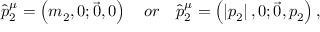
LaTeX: \hat { p } _ { 2 } ^ { \mu } = \left( m _ { 2 } , 0 ; \vec { 0 } , 0 \right) \quad o r \quad \hat { p } _ { 2 } ^ { \mu } = \left( \left| p _ { 2 } \right| , 0 ; \vec { 0 } , p _ { 2 } \right) ,